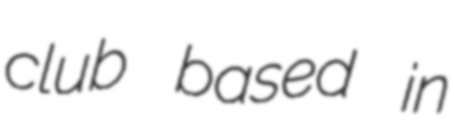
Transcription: club based in